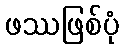
ဖဿဖြစ်ပုံ